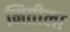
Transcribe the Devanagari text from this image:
मितीला